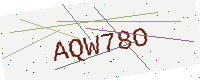
Text: AQW78O